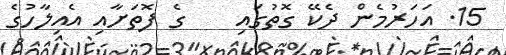
15. އަހަރުމެން ދެކޭ ގޮތުގައި    ގެ ފޮތަށާއި އެއިލާހުގެ